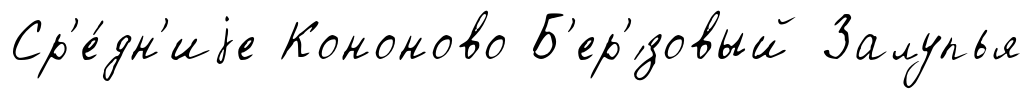
Ср'е́дн'иjе Кононово Б'ер'́зовый Залупья